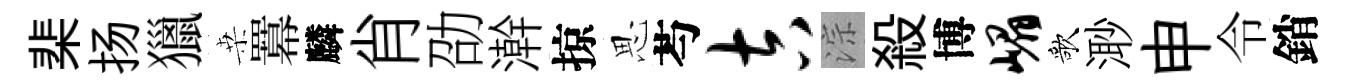
棐扬獵桒羃麟肖劭澣掠思芍吉淙殺博嵋歌𣺌申令銷